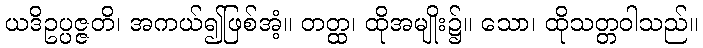
ယဒိဥပ္ပဇ္ဇတိ၊ အကယ်၍ဖြစ်အံ့။ တတ္ထ၊ ထိုအမျိုး၌။ သော၊ ထိုသတ္တဝါသည်။